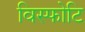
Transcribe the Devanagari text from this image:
विस्फोटि